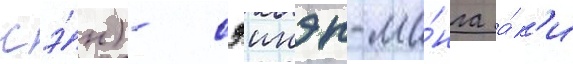
сэ́н) - сэинэн-ма́нга а́к'и